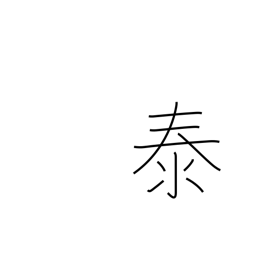
Meaning: peace